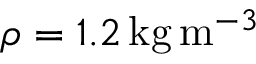
\rho = 1 . 2 \, \mathrm { k g } \, \mathrm { m } ^ { - 3 }